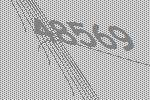
48569